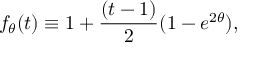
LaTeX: f _ { \theta } ( t ) \equiv 1 + { \frac { ( t - 1 ) } { 2 } } ( 1 - e ^ { 2 \theta } ) ,